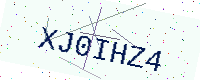
Text: XJ0IHZ4